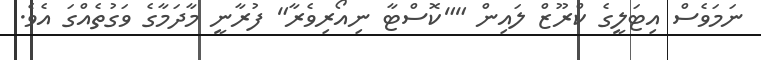
ނަމަވެސް އިޓަލީގެ ކްރޫޒް ލައިން ""ކޮސްޓާ ނިއޯރިވެރާ" ފުރާނީ މާދަމާގެ ވަގުތެއްގަ އެވެ.